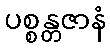
ပစ္စန္တဇာနံ